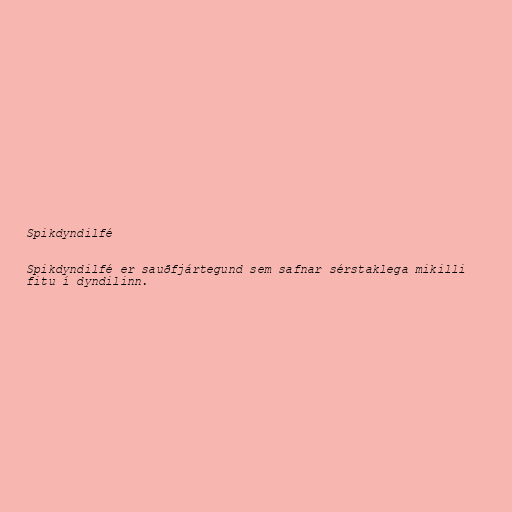
Spikdyndilfé

Spikdyndilfé er sauðfjártegund sem safnar sérstaklega mikilli
fitu í dyndilinn.